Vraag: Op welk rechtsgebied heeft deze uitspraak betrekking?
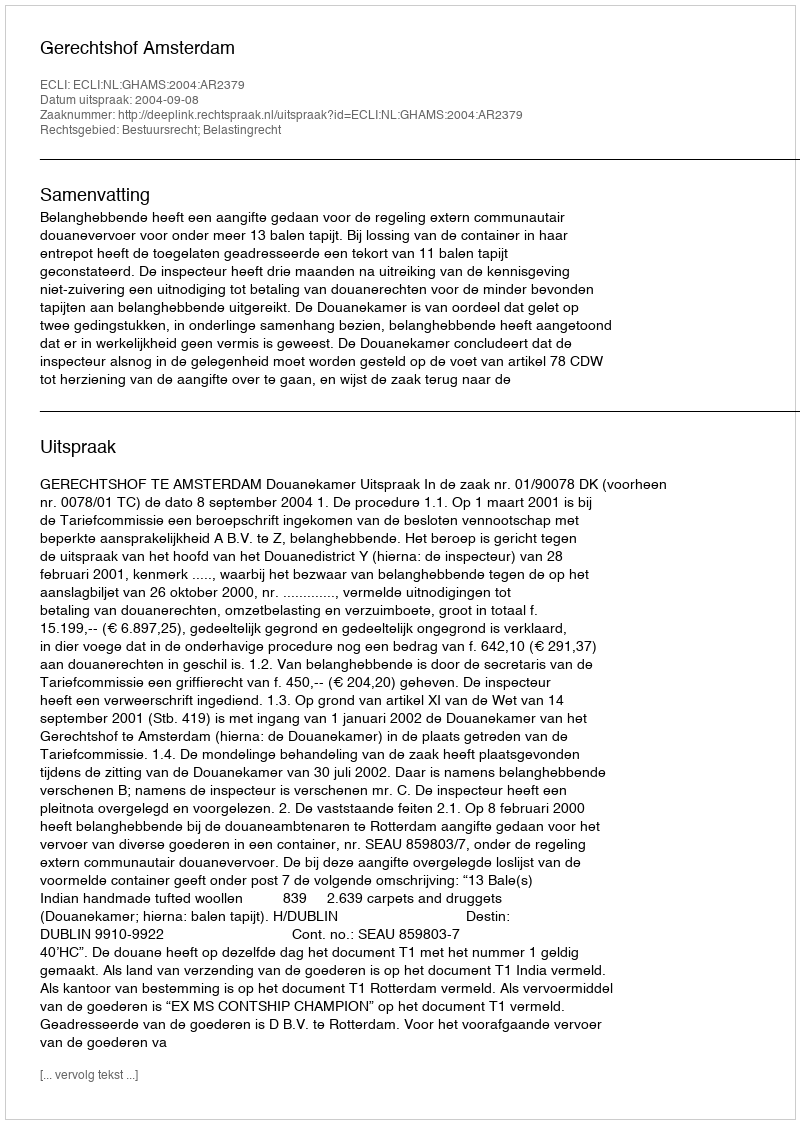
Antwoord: Bestuursrecht; Belastingrecht